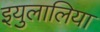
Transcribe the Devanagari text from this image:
इयुलालिया